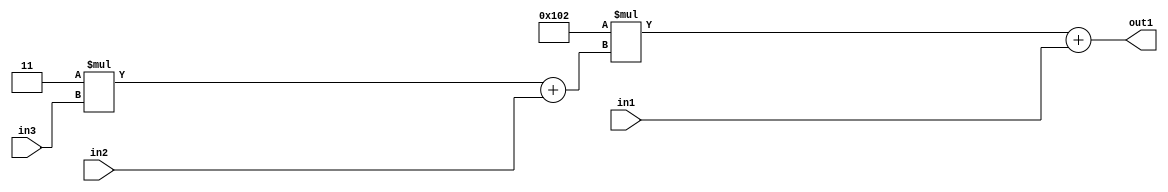
`timescale 1ps / 1ps
/*****************************************************************************
    Verilog RTL Description
    
    
    Created by: Stratus DpOpt 2019.1.01 
*******************************************************************************/

module DC_Filter_Add2u9Mul2i258Add2u1Mul2i3u2_1 (
	in3,
	in2,
	in1,
	out1
	); /* architecture "behavioural" */ 
input [1:0] in3;
input  in2;
input [8:0] in1;
output [11:0] out1;
wire [11:0] asc001;
wire [3:0] asc002;

wire [3:0] asc002_tmp_0;
assign asc002_tmp_0 = 
	+(4'B0011 * in3);
assign asc002 = asc002_tmp_0
	+(in2);

wire [11:0] asc001_tmp_1;
assign asc001_tmp_1 = 
	+(12'B000100000010 * asc002);
assign asc001 = asc001_tmp_1
	+(in1);

assign out1 = asc001;
endmodule

/* CADENCE  v7XwSQs= : u9/ySgnWtBlWxVPRXgAZ4Og= ** DO NOT EDIT THIS LINE ******/